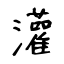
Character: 灌